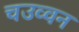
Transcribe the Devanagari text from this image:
चउव्वन